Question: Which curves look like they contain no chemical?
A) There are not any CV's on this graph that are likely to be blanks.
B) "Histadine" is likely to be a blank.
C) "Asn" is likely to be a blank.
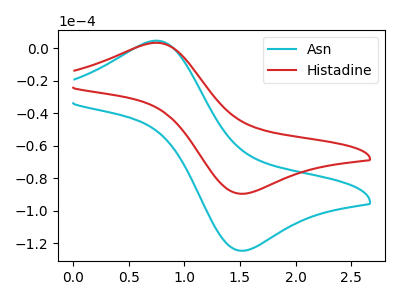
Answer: <think>The cyan curve "Asn" has an anodic peak at (0.75V, 4.60uA) and a cathodic peak at (1.55V, -124.65uA). The red curve "Histadine" has an anodic peak at (0.75V, 3.30uA) and a cathodic peak at (1.55V, -89.60uA).</think>
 <answer>A) There are not any CV's on this graph that are likely to be blanks.</answer>
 <eval>A</eval>